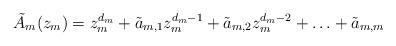
LaTeX: \begin{align*}\Tilde{A}_m(z_m)=z_m^{d_m}+\Tilde{a}_{m,1}z_m^{d_m-1}+\Tilde{a}_{m,2}z_m^{d_m-2}+\ldots+\Tilde{a}_{m,m}\end{align*}